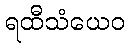
ရထီသံယေဝ